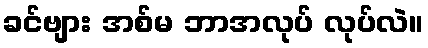
ခင်ဗျား အစ်မ ဘာအလုပ် လုပ်လဲ။